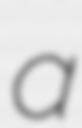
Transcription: a